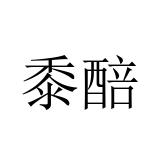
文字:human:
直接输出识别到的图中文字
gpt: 黍醅